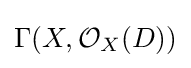
\Gamma (X,{\mathcal {O}}_{X}(D))